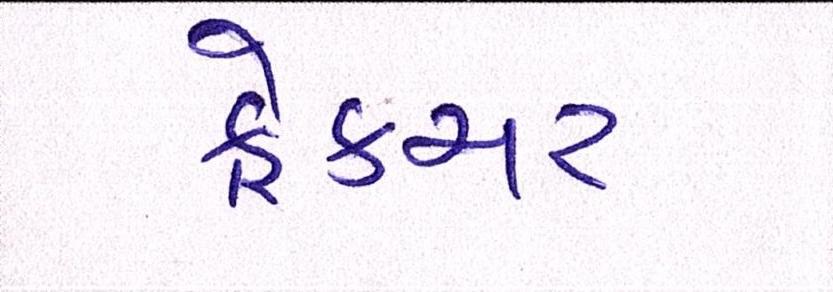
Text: ફ્રેક્ચર